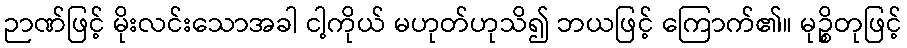
ဉာဏ်ဖြင့် မိုးလင်းသောအခါ ငါ့ကိုယ် မဟုတ်ဟုသိ၍ ဘယဖြင့် ကြောက်၏။ မုဉ္စိတုဖြင့်